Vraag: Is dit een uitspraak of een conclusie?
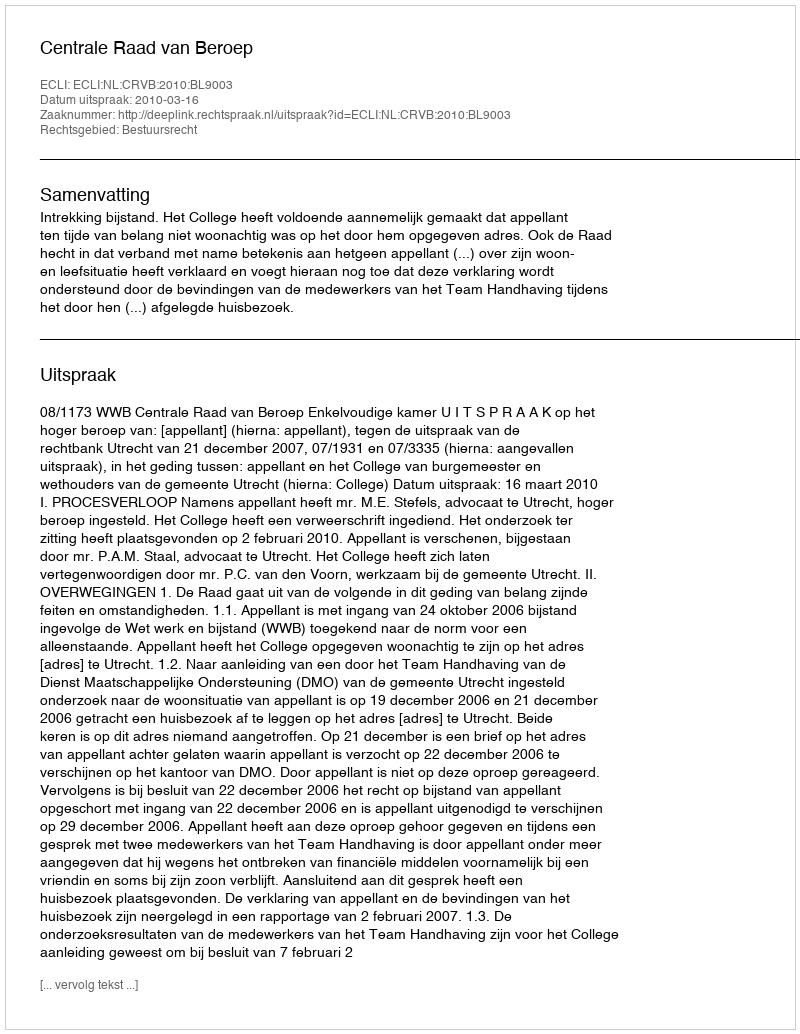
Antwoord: Uitspraak